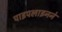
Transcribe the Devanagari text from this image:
पाइपलाइनने